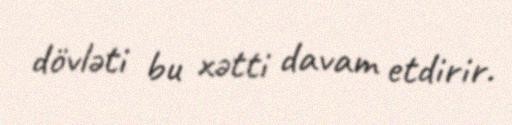
dövləti bu xətti davam etdirir.